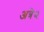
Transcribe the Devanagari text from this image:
अत्रे२